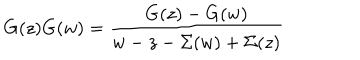
LaTeX: G ( z ) G ( w ) = { \frac { G ( z ) - G ( w ) } { w - z - \Sigma ( w ) + \Sigma ( z ) } }